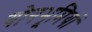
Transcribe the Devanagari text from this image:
योगभूमियां